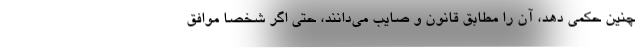
چنین حکمی دهد، آن را مطابق قانون و صایب می‌دانند، حتی اگر شخصاً موافق